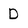
Character: D